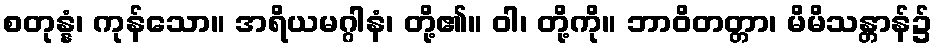
စတုန္နံ၊ ကုန်သော။ အရိယမဂ္ဂါနံ၊ တို့၏။ ဝါ၊ တို့ကို။ ဘာဝိတတ္တာ၊ မိမိသန္တာန်၌